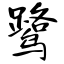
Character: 鹭